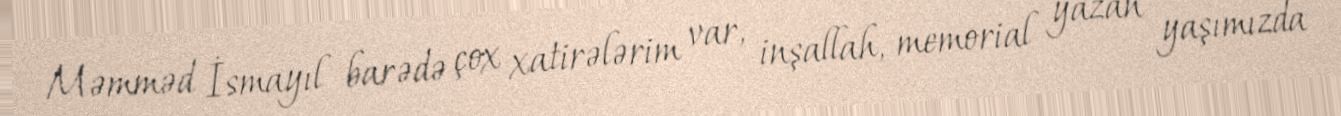
Məmməd İsmayıl barədə çox xatirələrim var, inşallah, memorial yazan yaşımızda